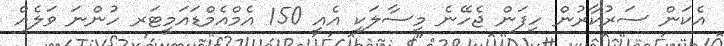
އެކަން ސަރުކާރުން ހިފަން ޖެހޭނެ މިސާލަކީ އެއީ 150 އެމްއެމްޑައަމީޓަރ ހުންނަ ވަލެއް